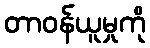
တာဝန်ယူမှုကို